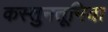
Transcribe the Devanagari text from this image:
कस्तुनतूनिया